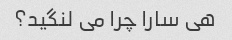
هی سارا چرا می لنگید؟